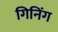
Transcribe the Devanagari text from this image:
गिनिंग